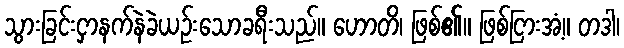
သွားခြင်းငှာနက်နဲခဲယဉ်းသောခရီးသည်။ ဟောတိ၊ ဖြစ်၏။ ဖြစ်ငြားအံ့။ တဒါ၊